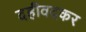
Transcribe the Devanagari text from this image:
दहीवदकर